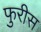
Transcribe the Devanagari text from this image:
फुरीस